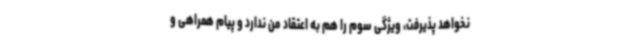
نخواهد پذیرفت، ویژگی سوم را هم به اعتقاد من ندارد و پیام همراهی و